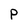
Character: P